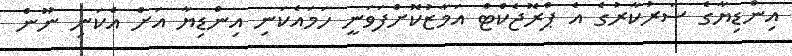
އިންޑިޔާގެ ސަރުކާރުގެ އެ ޕްރޮޖެކްޓް އަމާޒުކޮށްފަވަނީ ހަމައެކަނި އިންޑިޔާ އަށް އެކަނި ނޫން